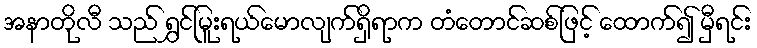
အနာတိုလီ သည် ရွှင်မြူးရယ်မောလျက်ရှိရာက တံတောင်ဆစ်ဖြင့် ထောက်၍ မှီရင်း